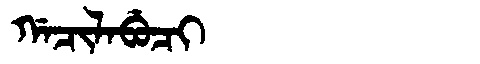
Manchu: ᡤᠠᠴᡳᠯᠠᠪᡠᠴᡳ
Romanization: GACILABUCI